Newspaper: The Cairo bulletin. [volume]
Place of publication: Cairo, Ill.
Publisher: John H. Oberly
Date: 1875-01-13 00:00:00
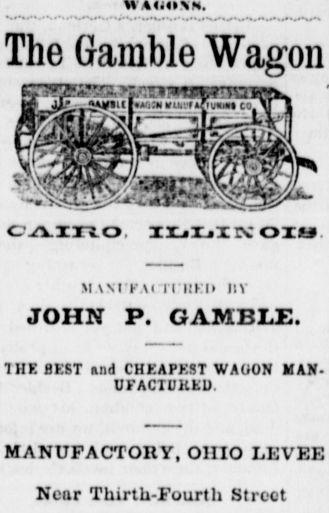
Advertisement text (OCR):
The Gamble Wagon 12" -jri MAXITAI II IlKIl 11V JOHN P. GAMBLE. THE BEST and CHEAPEST WAGON MAN UFACTintKD. MANUFACTORY, OHIO LEVEE Near Thirtb-Fourth Street
Label: illustrations